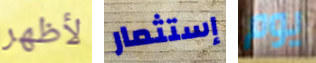
لأظهر إستثمار يوم